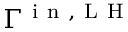
\Gamma ^ { \mathrm { ~ i ~ n ~ , ~ L ~ H ~ } }